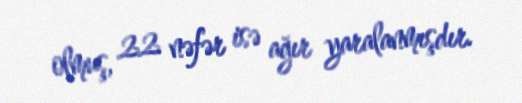
olmuş, 22 nəfər isə ağır yaralanmışdır.